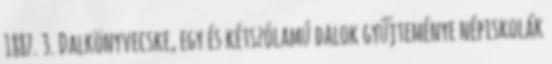
1887. 3. Dalkönyvecske, egy és kétszólamú dalok gyűjteménye népiskolák